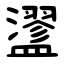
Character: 䀊